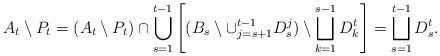
LaTeX: \begin{align*} {A}_t\setminus {P}_t=({A}_t\setminus {P}_t)\cap \bigcup_{s=1}^{t-1}\left[({B}_s\setminus \cup_{j=s+1}^{t-1}D_s^j)\setminus\bigsqcup_{k=1}^{s-1} D_k^t \right]=\bigsqcup_{s=1}^{t-1} D_s^t. \end{align*}